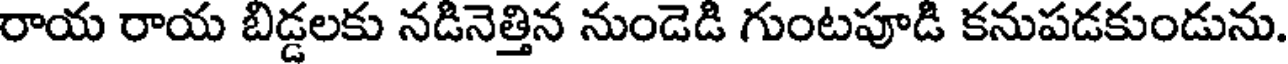
రాయ రాయ బిడ్డలకు నడినెత్తిన నుండెడి గుంటపూడి కనుపడకుండును.